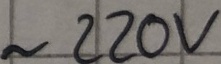
Text: ~220V